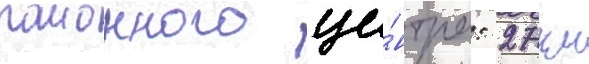
раионного це́нтра: 27 км